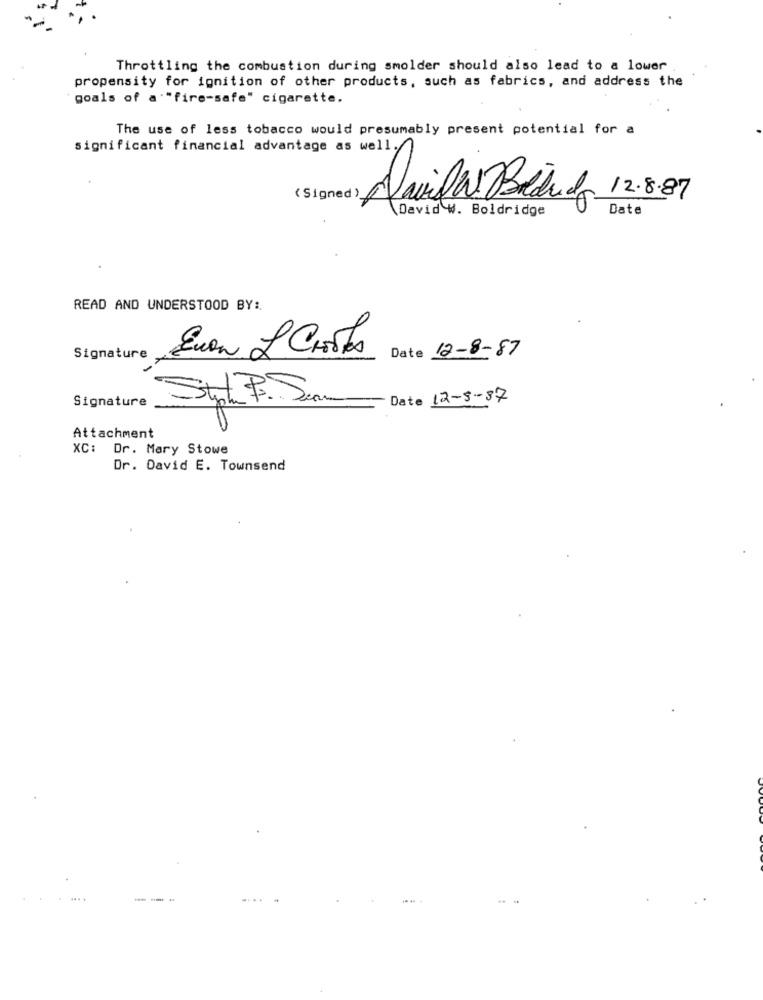
Throttling the combustion during smolder should also lead to a lower
propensity for ignition of other products, such as fabrics, and address the
goals of a "fire-safe" cigarette.
The use of less tobacco would presumably present potential for a
significant financial advantage as well.
( Signed )_
12.8.87
David W. Boldridge
Date
READ AND UNDERSTOOD BY:
Even L Choses
Date 12-8-87
Signature
Signature
Date 12-5-87
Attachment
XC: Dr. Mary Stowe
Dr. David E. Townsend